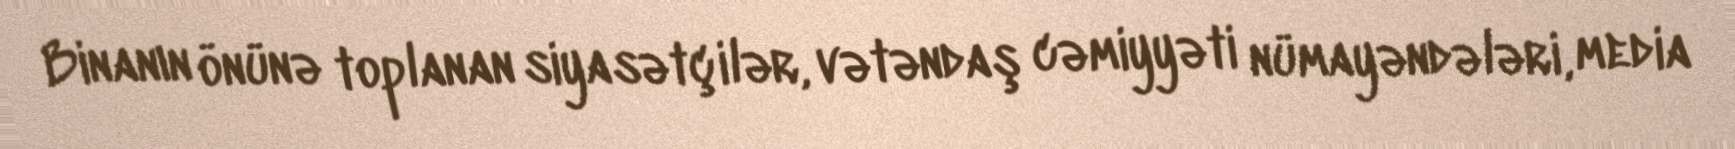
Binanın önünə toplanan siyasətçilər, vətəndaş cəmiyyəti nümayəndələri, media